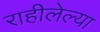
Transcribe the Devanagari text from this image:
राहीलेल्‍या